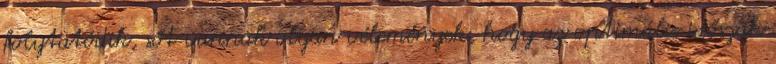
folytatódik, sőt vannak olyan vélemények, hogy az optimális időszak